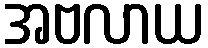
အဗလာယ